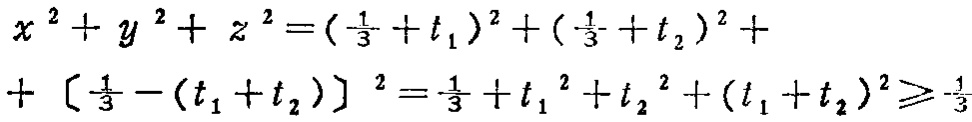
\[

\begin{align*}

x^{2}+y^{2}+z^{2}&=(\frac{1}{3}+t_{1})^{2}+(\frac{1}{3}+t_{2})^{2}+\\

&+[\frac{1}{3}-(t_{1}+t_{2})]^{2}=\frac{1}{3}+t_{1}^{2}+t_{2}^{2}+(t_{1}+t_{2})^{2}\geqslant\frac{1}{3}

\end{align*}

\]